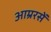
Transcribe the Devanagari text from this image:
आम्ररसें